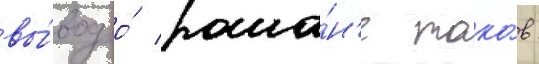
вы́вод о́ рома́н'е тако́в: